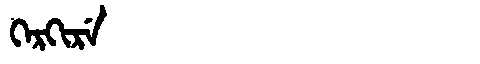
Manchu: ᡴᡝᡵᡴᡳᡵᡝ
Romanization: KERKIRE